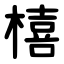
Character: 橲